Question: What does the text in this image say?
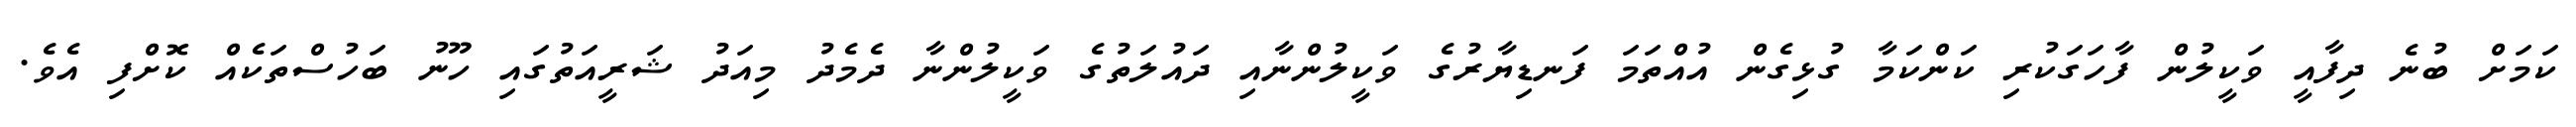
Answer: ކަމަށް ބުނެ ދިފާއީ ވަކީލުން ފާހަގަކުރި ކަންކަމާ ގުޅިގެން އުއްތަމަ ފަނޑިޔާރުގެ ވަކީލުންނާއި ދައުލަތުގެ ވަކީލުންނާ ދެމެދު މިއަދު ޝަރީއަތުގައި ހޫނު ބަހުސްތަކެއް ކޮށްފި އެވެ.